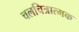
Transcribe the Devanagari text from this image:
चलचित्रात्मक